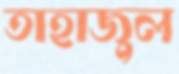
তাহাজুল